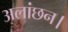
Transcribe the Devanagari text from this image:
अलांछन।